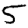
Digit: 5